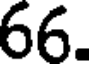
66.